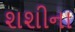
શશીના